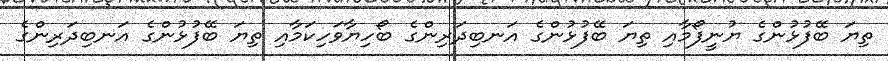
ތިޔަ ބޭފުޅުންގެ ޔުނީފޯމާއި ތިޔަ ބޭފުޅުންގެ އަނބިދަރިންގެ ބޯހިޔާވަހިކަމާއި ތިޔަ ބޭފުޅުންގެ އަނބިދަރިންގެ